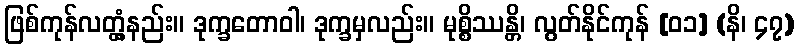
ဖြစ်ကုန်လတ္တံ့နည်း။ ဒုက္ခတောဝါ၊ ဒုက္ခမှလည်း။ မုစ္စိဿန္တိ၊ လွတ်နိုင်ကုန် [၀၁] (နိ၊ ၄၇)